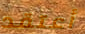
أعتقد